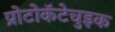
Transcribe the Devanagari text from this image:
प्रोटोकॅटेचुइक